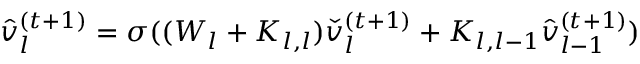
\begin{array} { r } { \hat { v } _ { l } ^ { ( t + 1 ) } = \sigma ( ( W _ { l } + K _ { l , l } ) \check { v } _ { l } ^ { ( t + 1 ) } + K _ { l , l - 1 } \hat { v } _ { l - 1 } ^ { ( t + 1 ) } ) } \end{array}